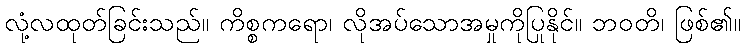
လုံ့လထုတ်ခြင်းသည်။ ကိစ္စကရော၊ လိုအပ်သောအမှုကိုပြုနိုင်။ ဘဝတိ၊ ဖြစ်၏။